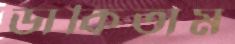
ডাকিতাম